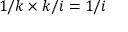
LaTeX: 1 / k \times k / i = 1 / i